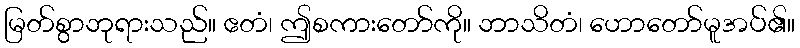
မြတ်စွာဘုရားသည်။ ဧတံ၊ ဤစကားတော်ကို။ ဘာသိတံ၊ ဟောတော်မူအပ်၏။